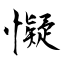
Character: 懝